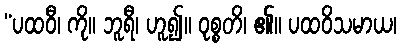
“ပထဝီ၊ ကို။ ဘူရီ၊ ဟူ၍။ ဝုစ္စတိ၊ ၏။ ပထဝိသမာယ၊